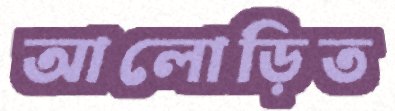
আলোড়িত